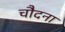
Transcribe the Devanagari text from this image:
चौदना